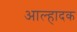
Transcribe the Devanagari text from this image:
आल्हादक